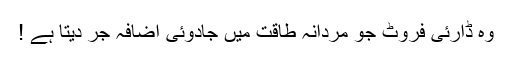
وہ ڈارئی فروٹ جو مردانہ طاقت میں جادوئی اضافہ جر دیتا ہے !